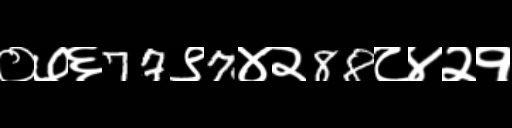
Text: ०७६77९7४२88८४२१